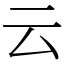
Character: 云